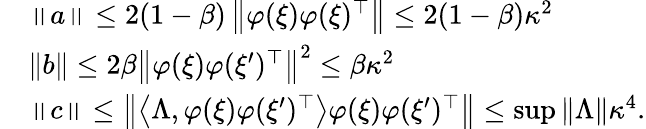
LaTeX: \begin{array}{rl}&{\left\| a\right\| \leq 2(1-\beta)\left\| \varphi(\xi)\varphi(\xi)^{\top}\right\| \leq 2(1-\beta)\kappa^{2}}\\ &{\left\| b\right\| \leq 2\beta\left\| \varphi(\xi)\varphi(\xi^{\prime})^{\top}\right\| ^{2}\leq\beta\kappa^{2}}\\ &{\left\| c\right\| \leq\left\| \left\langle\Lambda,\varphi(\xi)\varphi(\xi^{\prime})^{\top}\right\rangle\varphi(\xi)\varphi(\xi^{\prime})^{\top}\right\| \leq\operatorname*{sup}\left\| \Lambda\right\| \kappa^{4}.}\end{array}